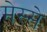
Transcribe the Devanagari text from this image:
मेस्से